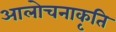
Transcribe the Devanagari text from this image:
आलोचनाकृति